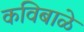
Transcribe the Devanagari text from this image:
कविबाळे